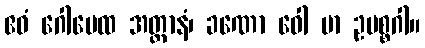
ဧဝံ ဂေါပေထ အတ္တာနံ၊ ခဏော ဝေါ မာ ဥပစ္စဂါ။